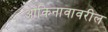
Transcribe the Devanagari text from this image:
ओकिनावावरील